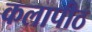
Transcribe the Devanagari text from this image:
कलापीठ